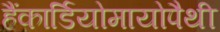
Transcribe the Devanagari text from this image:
हैंकार्डियोमायोपैथी